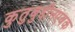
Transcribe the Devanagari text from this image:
कुतुबुद्दीनएबक